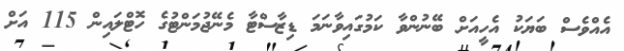
އެއްވެސް ބަޔަކު އެހީއަށް ބޭނުންވާ ކަމުގައިވާނަމަ ޑިޒާސްޓާ މެނޭޖުމަންޓުގެ ހޮޓްލައިން 115 އަށް